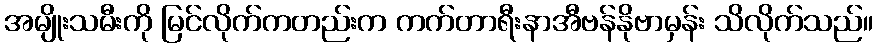
အမျိုးသမီးကို မြင်လိုက်ကတည်းက ကက်တာရီးနာအီဗန်နိုဗာမှန်း သိလိုက်သည်။